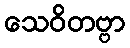
သေဝိတဗ္ဗာ